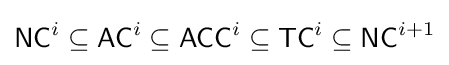
{\mathsf {NC}}^{i}\subseteq {\mathsf {AC}}^{i}\subseteq {\mathsf {ACC}}^{i}\subseteq {\mathsf {TC}}^{i}\subseteq {\mathsf {NC}}^{i+1}